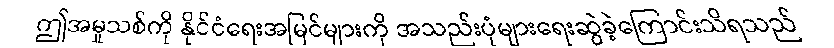
ဤအမှုသစ်ကို နိုင်ငံရေးအမြင်များကို အသည်းပုံများရေးဆွဲခဲ့ကြောင်းသိရသည်